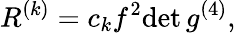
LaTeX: R^{(k)}=c_{k}f^{2}\mathrm{det}\, g^{(4)},